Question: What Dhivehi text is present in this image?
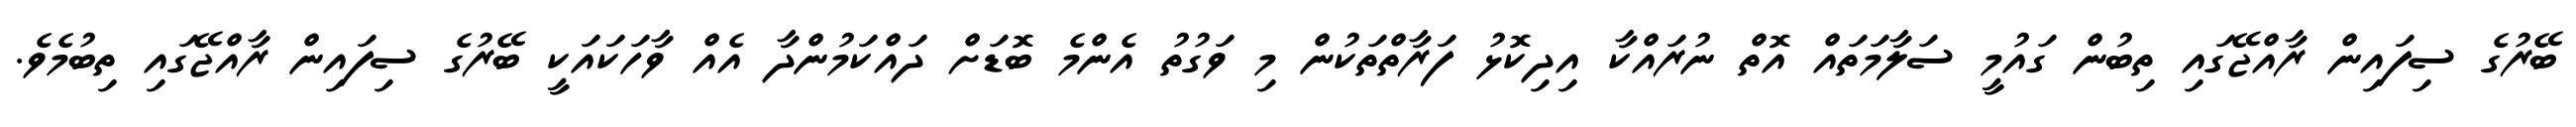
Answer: ބޭރުގެ ސިފައިން ރާއްޖޭގައި ތިބުން ގައުމީ ސަލާމަތައް އޮތް ނުރައްކާ އިދިކޮޅު ފަރާތްތަކުން މި ވަގުތު އެންމެ ބޮޑަށް ދައްކަމުންދާ އެއް ވާހަކައަކީ ބޭރުގެ ސިފައިން ރާއްޖޭގައި ތިބުމެވެ.